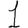
Digit: 1